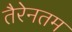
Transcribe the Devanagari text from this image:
तैरेनतम